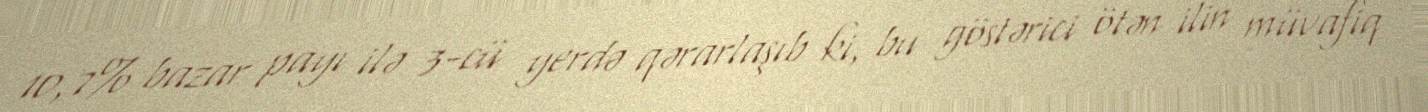
10,7% bazar payı ilə 3-cü yerdə qərarlaşıb ki, bu göstərici ötən ilin müvafiq